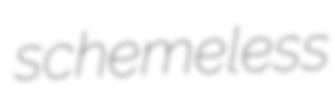
schemeless